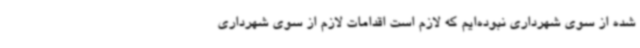
شده از سوی شهرداری نبوده‌ایم که لازم است اقدامات لازم از سوی شهرداری